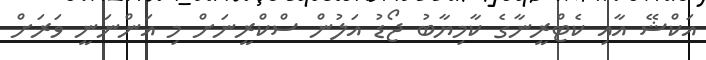
އަކްޝޭ އާއި ކެޓްރީނާގެ ކާމިޔާބު ޖޯޑު އަލުން ސްކްރީނަށް މި އަންނަނީ ވަރަށް